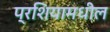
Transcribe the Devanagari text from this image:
प्रशियामधील